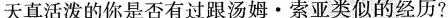
天真活泼的你是否有过跟汤姆·索亚类似的经历?